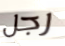
رجل